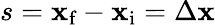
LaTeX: {s}={\mathbf{x}_{\textrm{{f}}}-\mathbf{x}_{\textrm{{i}}}}=\Delta{\mathbf{x}}